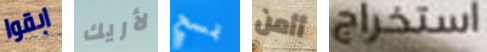
ابقوا لأريك تمسح أأمن استخراج